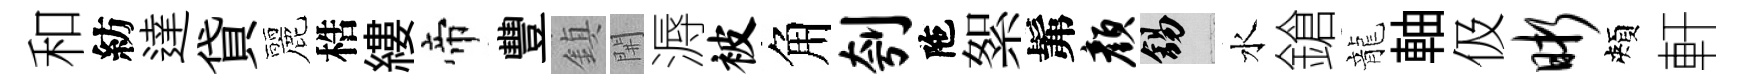
和紡達貸麗梏縷帝豐鎮𨳩溽被角刳陁絮髴颜錫水鎗龍軸伋晰頰軒